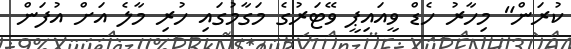
ކުރަން" މިހާރު ހެޑް ވީއައިޕީ ވޭޓަރުގެ މަގާމުގައި ހުރި މާލެ އަށް އުފަން